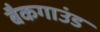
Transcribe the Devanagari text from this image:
बैकगाउंड